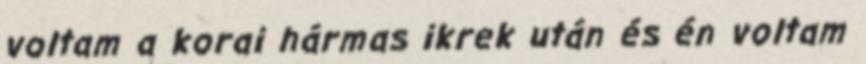
voltam a korai hármas ikrek után és én voltam